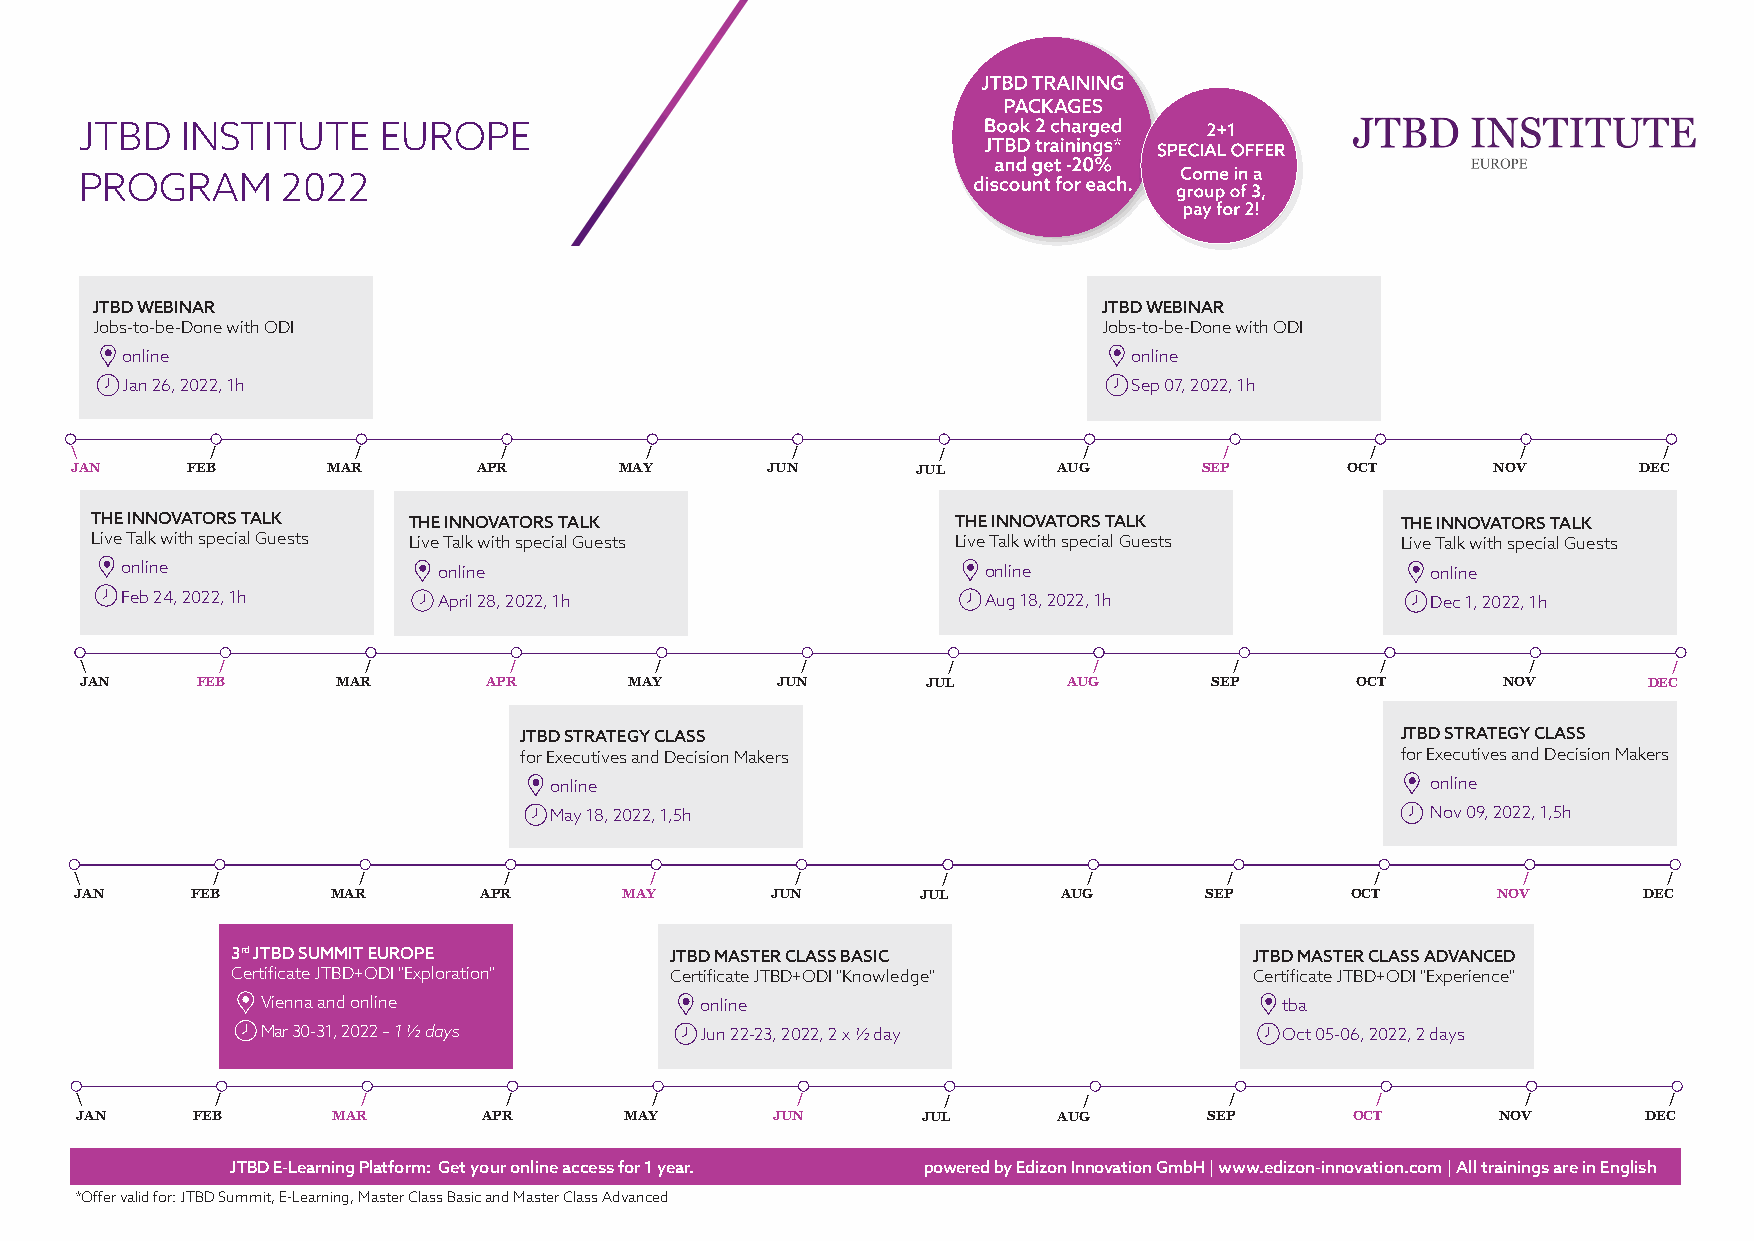
JTBD   INSTITUTE    EUROPE
 PROGRAM       2022
 JTBD WEBINAR                                                       JTBD WEBINAR
 Jobs-to-be-Done with ODI                                           Jobs-to-be-Done with ODI
 online                                                             online
 Jan 26, 2022, 1h                                                   Sep 07, 2022, 1h
 \        /         /        /         /        /         /         /        /         /         /        /
 JAN    FEB       MAR       APR      MAY       JUN       JUL      AUG       SEP      OCT       NOV       DEC
 THE INNOVATORS TALK  THE INNOVATORS TALK                 THE INNOVATORS TALK           THE INNOVATORS TALK
 Live Talk with special Guests Live Talk with special Guests Live Talk with special Guests Live Talk with special Guests
 online               online                              online                        online
 Feb 24, 2022, 1h     April 28, 2022, 1h                  Aug 18, 2022, 1h              Dec 1, 2022, 1h
 \         /        /         /        /         /         /        /         /        /         /         /
 JAN     FEB      MAR       APR       MAY      JUN       JUL       AUG      SEP       OCT      NOV       DEC
 JTBD STRATEGY CLASS                                        JTBD STRATEGY CLASS
 for Executives and Decision Makers                         for Executives and Decision Makers
 online                                                     online
 May 18, 2022, 1,5h                                         Nov 09, 2022, 1,5h
 \        /         /        /         /         /        /         /        /         /         /        /
 JAN     FEB      MAR       APR      MAY       JUN       JUL      AUG       SEP      OCT       NOV       DEC
 3rd JTBD SUMMIT EUROPE       JTBD MASTER CLASS BASIC                JTBD MASTER CLASS ADVANCED
 Certificate JTBD+ODI "Exploration" Certificate JTBD+ODI "Knowledge" Certificate JTBD+ODI "Experience"
 Vienna and online            online                                 tba
 Mar 30-31, 2022 – 1 ½ days   Jun 22-23, 2022, 2 x ½ day             Oct 05-06, 2022, 2 days
 \        /         /         /        /         /         /        /        /         /         /        /
 JAN     FEB      MAR       APR      MAY       JUN       JUL      AUG       SEP       OCT      NOV       DEC
 JTBD E-Learning Platform: Get your online access for 1 year. powered by Edizon Innovation GmbH | www.edizon-innovation.com | All trainings are in English
 *Offer valid for: JTBD Summit, E-Learning, Master Class Basic and Master Class Advanced